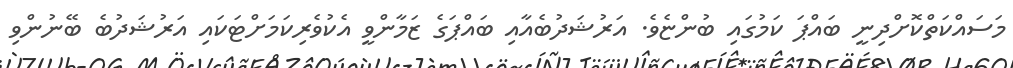
މަސައްކަތްކޮށްދިނީ ބައްޕަ ކަމުގައި ބުންޏެވެ. އަރުޝަދުބެއާއި ބައްޕަގެ ޒަމާންވީ އެކުވެރިކަމަށްޓަކައި އަރުޝަދުބެ ބޭނުންވި